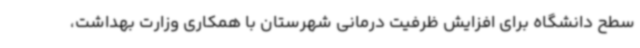
سطح دانشگاه برای افزایش ظرفیت درمانی شهرستان با همکاری وزارت بهداشت،